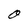
Character: O